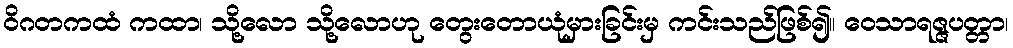
ဝိဂတကထံ ကထာ၊ သို့လော သို့လောဟု တွေးတောယုံမှားခြင်းမှ ကင်းသည်ဖြစ်၍။ ဝေသာရဇ္ဇပတ္တာ၊